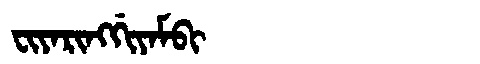
Manchu: ᠸᡳᠶᠠᡵᡳᠩᡤᡳᠶᠠᠮᠪᡳ
Romanization: FIYARINGGIYAMBI